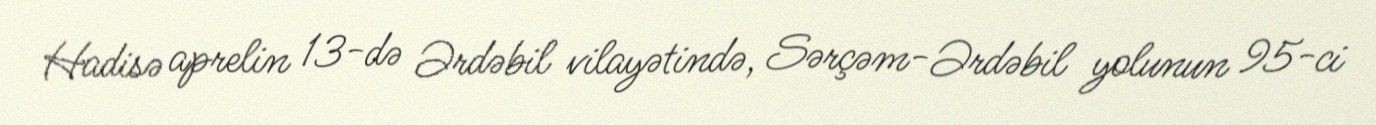
Hadisə aprelin 13-də Ərdəbil vilayətində, Sərçəm-Ərdəbil yolunun 95-ci